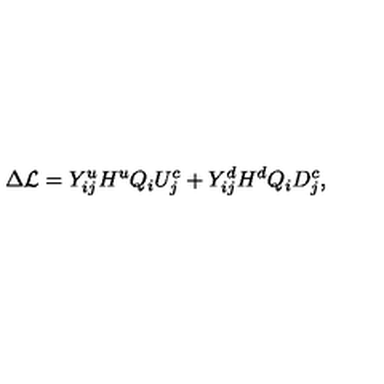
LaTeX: \Delta { \cal L } = Y _ { i j } ^ { u } H ^ { u } Q _ { i } U _ { j } ^ { c } + Y _ { i j } ^ { d } H ^ { d } Q _ { i } D _ { j } ^ { c } ,